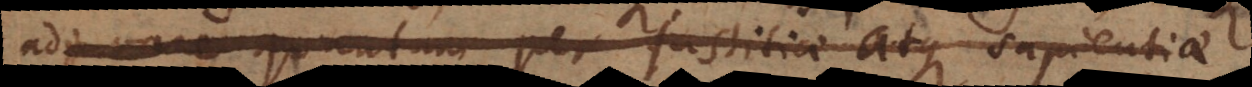
adjuvare quantum per justitiae atque sapient